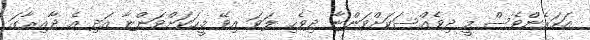
އަހަރެންވެސް މީ ދިވެއްސަކަށްވަންޏާ ދިވެހި ލަވަ އިވޭ މީހަކަށްވަންޏާ އަދި އެ ދާއިރާގަ